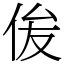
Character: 㑓